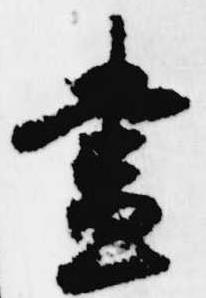
昼